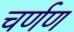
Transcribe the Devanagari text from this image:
चर्णण